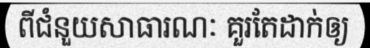
ពីជំនួយសាធារណៈ គួរតែដាក់ឲ្យ